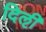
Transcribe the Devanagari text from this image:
दिऌी